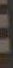
: